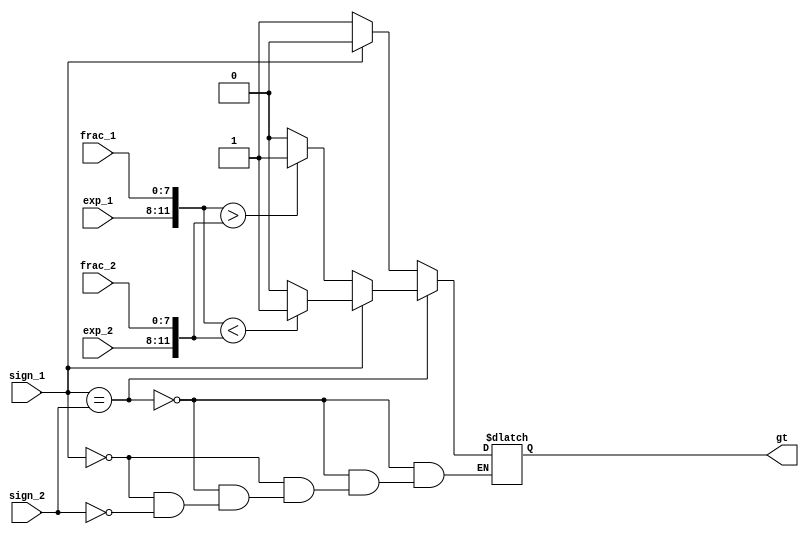
module FP_comp
  (
   input wire        sign_1, sign_2,    // 1 indicates a negative number
   input wire [3:0]  exp_1, exp_2,
   input wire [7:0]  frac_1, frac_2,
   output reg        gt                 // 1 if input_1 is greater than input_2
   );

   // interim results
   wire [11:0]       input_1;
   wire [11:0]       input_2;

   assign input_1 = {exp_1, frac_1};
   assign input_2 = {exp_2, frac_2};

   always @* begin
      if (sign_1 == sign_2) begin
         if (sign_1 == 1'b0) begin               // positive inputs
            if (input_1 > input_2) begin
               gt = 1'b1;
            end
            else begin
               gt = 1'b0;
            end
         end
         else begin                              // negative inputs
            if (input_1 < input_2) begin
               gt = 1'b1;
            end
            else begin
               gt = 1'b0;
            end
         end // else: !if(sign_1 == 1'b0)
      end // if (sign_1 == sign_2)
      else begin                                 // opposite signed inputs
        $display("the value of sign_1 is: %b", sign_1);
         if (sign_1 == 1'b1) begin
            gt = 1'b0;
         end
         else if (sign_2 == 1'b1) begin
            gt = 1'b1;
         end
      end // else: !if(sign_1 == sign_2)
   end // always @ *

endmodule // FP_comp